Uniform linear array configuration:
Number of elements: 16
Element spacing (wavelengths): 0.25
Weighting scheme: cosine
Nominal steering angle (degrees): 0
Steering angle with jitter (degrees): -0.1766
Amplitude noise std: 0.05
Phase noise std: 0.05

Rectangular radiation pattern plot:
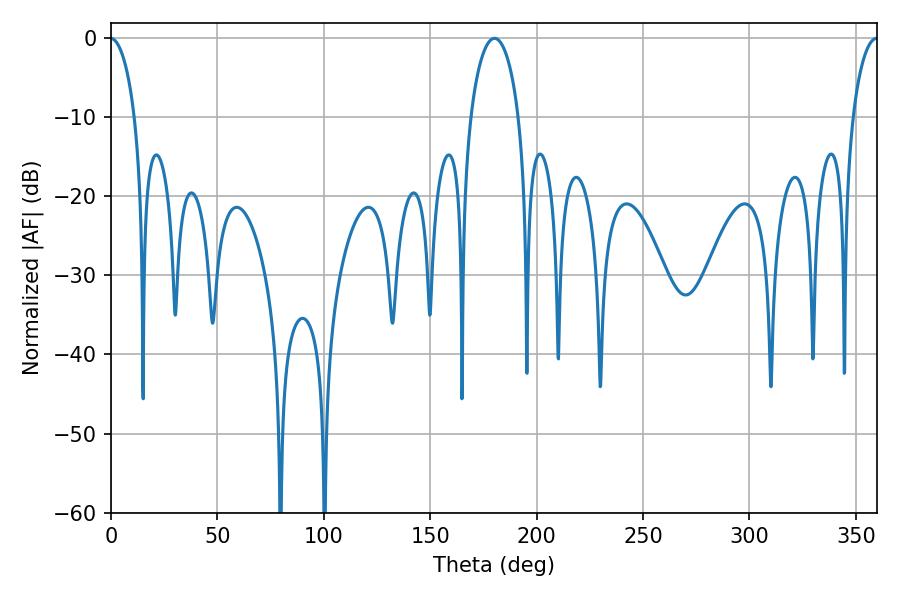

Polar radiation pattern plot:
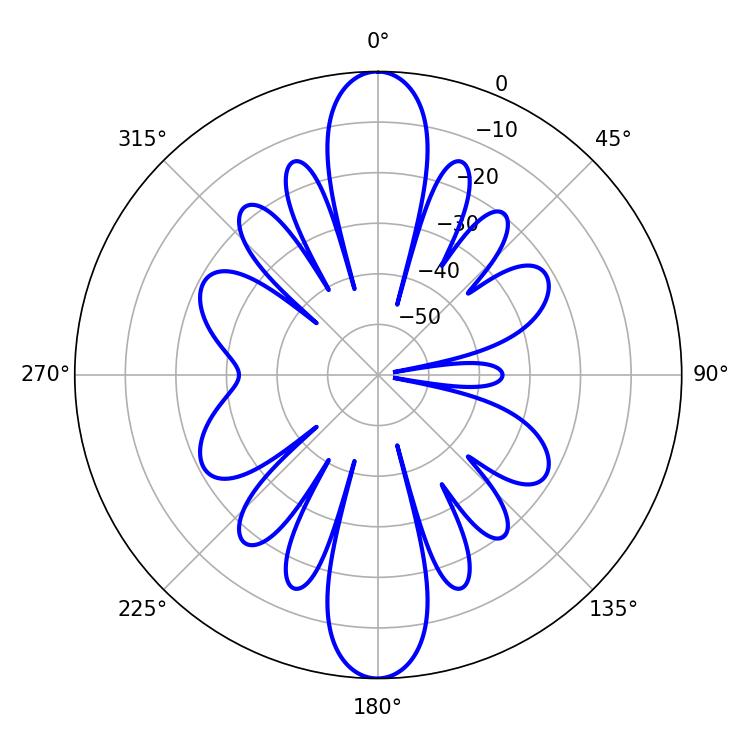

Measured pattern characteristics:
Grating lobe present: FALSE
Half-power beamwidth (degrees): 12.96
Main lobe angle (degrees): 180.18